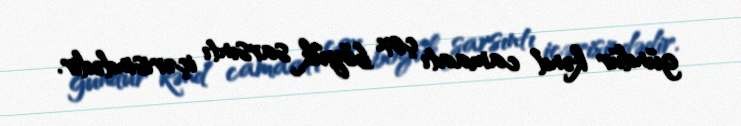
gündür kənd camaatı çox böyük sarsıntı içərisindədir.